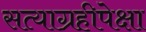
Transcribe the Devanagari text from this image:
सत्याग्रहीपेक्षा